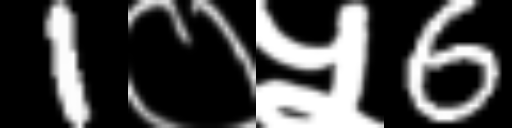
Text: 1०५6